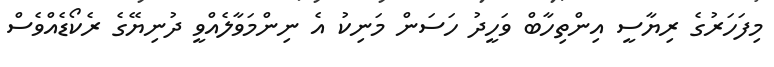
މިފަހަރުގެ ރިޔާސީ އިންތިހާބް ވަހީދު ހަސަން މަނިކު އެ ނިންމަވާލެއްވީ ދުނިޔޭގެ ރެކޯޑެއްވެސް